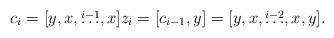
LaTeX: \begin{align*} c_i = [y,x,\overset{i-1}{\ldots},x] z_i = [c_{i-1},y] = [y,x,\overset{i-2}{\ldots},x,y]. \end{align*}